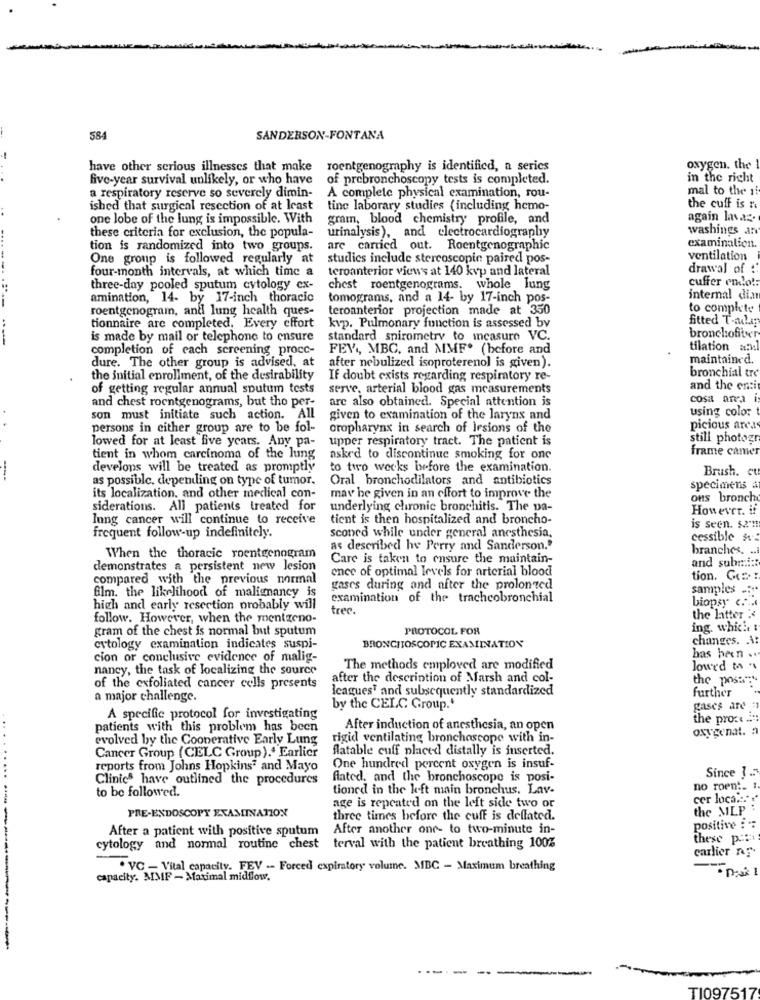
584
SANDERSON-FONTANA
have other serious illnesses that make roentgenogmphy is identified, a series
oxygen. the
five-year survival unlikely, or who have
of prebronchoscopy tests is completed.
in the right
a respiratory reserve so severely dimin-
A complete physical examination, rou-
mal to the if
ished that surgical resection of at least
tine laborary studies ( including hemo-
the cuff is n
one lobe of the lung is impossible. With
gram, blood chemistry profile, and
again lavas.
urinalysis), and electrocardiogram
washings an
these criteria for exclusion, the popula-
tion is randomized into two groups.
are carried out. Roentgenographic
examination.
One group is followed regularly at
studies include stereoscopic paired pos-
ventilation
four-month intervals, at which time a
teroanterior view's at 140 kvp and lateral
drawal of ::
cuffer endlo !:
three-day pooled sputum cytology ex-
chest roentgenograms. whole lung
amination, 14- by 17-inch thoracic
tomograms, and a 14- by 17-inch pos-
internal din
roentgenogram, and lung health ques-
teroanterior projection made at 350
to complete
fitted T-aler
tionnaire are completed. Every effort
kvp. Pulmonary function is assessed by
-
is made by mail or telephone to ensure
standard spirometry to icasure VC.
bronchofitur
completion of cach screening procc-
FEV ,, MBC, and MMF. (before and
tilation a.w.
dure. The other group is advised, at
after nebulized isoproterenol is given).
maintained.
bronchial tre
the initial enrollment, of the desirability
If doubt exists regarding respiratory re-
of getting regular annual sputum tests
serve, arterial blood gas measurements
and the enti
and chest roentgenograms, but the per-
are also obtained. Special attention is
cosa area i
using color
son must initiate such action. All
given to examination of the laryns and
persons in either group are to be fol-
oropharynx in search of lesions of the
picious area
lowed for at least five years. Any pa-
upper respiratory tract. The patient is
still photogn
frame camer
tient in whom carcinoma of the king
asked to discontinue smoking for one
develops will be treated as promptly
to two weeks before the examination.
Brush. ct
as possible. depending on type of tumor.
Oral bronchodilators and antibiotics
specimens a
its localization, and other medical con-
may be given in an effort to improve the
ous bronch
siderations. All patients treated for
underlying chronic bronchitis. The pa-
However. if
lung cancer will continue to receive
tient is then hospitalized and broncho-
is seen. s2"
frequent follow-up indefinitely.
sconed while under general anesthesia,
cessible #:
as described he Perry and Sanderson."
branches. ..
When the thoracic roentgenogram
Care is taken to ensure the maintain-
and submi:
demonstrates a persistent new lesion
ence of optimal levels for arterial blood
compared with the previous normal
tion. Ger
gases during and after the prolonged
samples .. "
film. the likelihood of malignancy is
examination of the tracheobronchial
biopsy c ....
high and early resection probably will
trec.
follow. However, when the mentzeno-
the latter "
gram of the chest is normal but sputum
PROTOCOL FOR
ing. which :
changes. . \:
cytology examination indicates suspi-
BRONCHOSCOMIC EXAMINATION
has been ..
cion or conclusive evidence of malig-
nancy, the task of localizing the source
The methods employed are modified
lowed to
after the description of Marsh and col-
the post:
of the exfoliated cancer cells presents
Icaguest and subsequently standardized
further
a major challenge.
by the CELC Group.'
gases are:
A specific protocol for investigating
the pro. ..
patients with this problem has been
After induction of anesthesia, an open
oxygenat.
evolved by the Cooperative Early Lung
rigid ventilating bronchoscope with in-
Cancer Group ( CELC Group).ª Earlier
Alatable cuff placed distally is inserted.
reports from Johns Hopkins and Mayo
One hundred percent oxygen is insuf-
Since 1.
Clinics have outlined the procedures
flated, and the bronchoscope is posi-
to be followed.
tioned in the left main bronchus. Lav-
no roent. :
age is repeated on the left side two or
cer locast
the MLP
PRE-ENDOSCOPY EXAMINATION
three times before the cuff is deflated.
After a patient with positive sputum After another one- to two-minute in-
positive : :
these p .:
cytology and normal routine chest terval with the patient breathing 100%
carlier ny
. VC - Vital capacity. FEV -- Forced expiratory volume. MBC - Maximum breathing
capacity. MMF - Maximal midflow.
-
TI097517